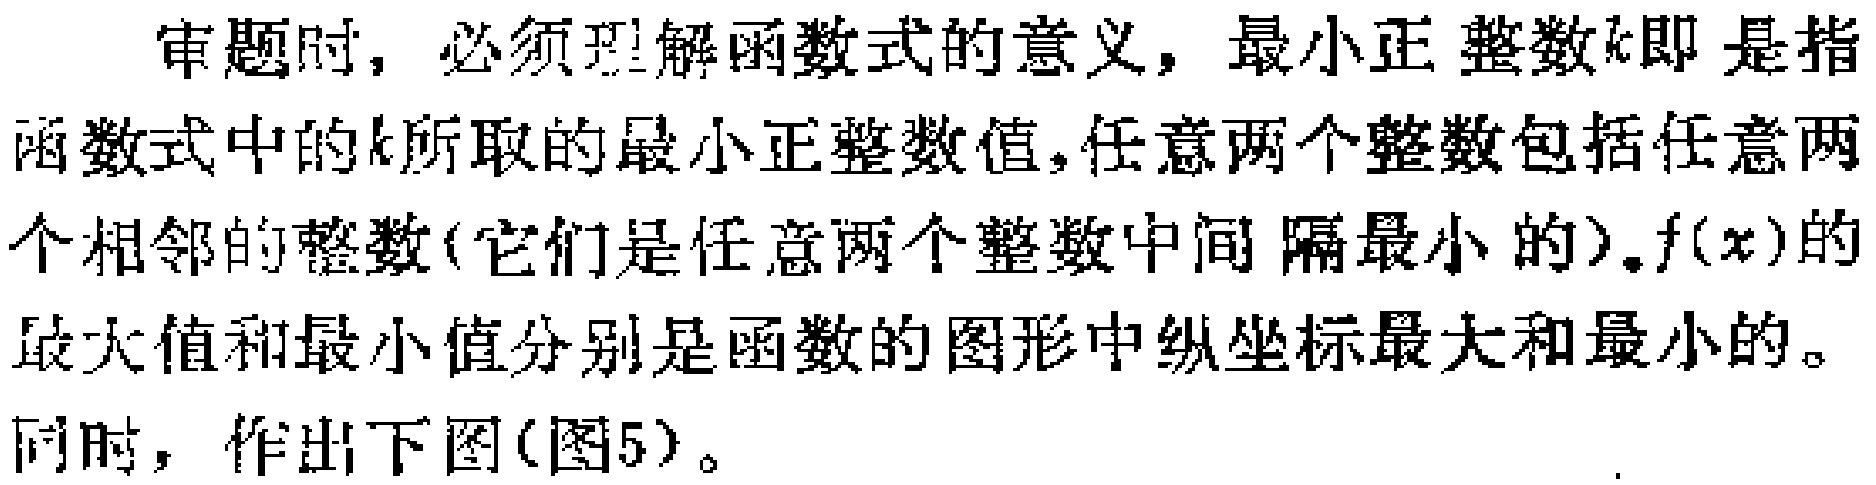
审题时，必须理解函数式的意义，最小正整数\(k\)即是指函数式中的\(k\)所取的最小正整数值，任意两个整数包括任意两个相邻的整数(它们是任意两个整数中间隔最小的)。\(f(x)\)的最大值和最小值分别是函数的图形中纵坐标最大和最小的。同时，作出下图(图5)。